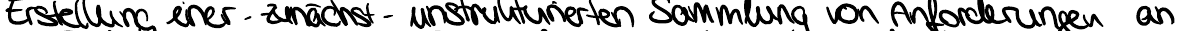
Erstellung einer - zunächst - unstrukturierten Sammlung von Anforderungen an